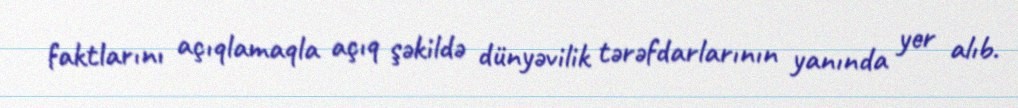
faktlarını açıqlamaqla açıq şəkildə dünyəvilik tərəfdarlarının yanında yer alıb.